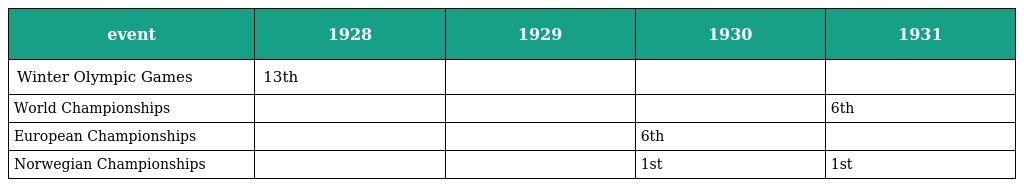
| event | 1928 | 1929 | 1930 | 1931 |
 | --- | --- | --- | --- | --- |
 | Winter Olympic Games | 13th |  |  |  |
 | World Championships |  |  |  | 6th |
 | European Championships |  |  | 6th |  |
 | Norwegian Championships |  |  | 1st | 1st |